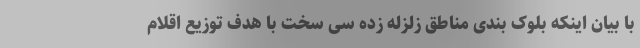
با بیان اینکه بلوک بندی مناطق زلزله زده سی سخت با هدف توزیع اقلام